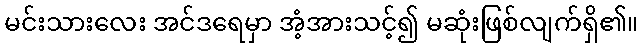
မင်းသားလေး အင်ဒရေမှာ အံ့အားသင့်၍ မဆုံးဖြစ်လျက်ရှိ၏။